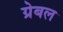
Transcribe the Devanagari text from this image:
ग्रेबल